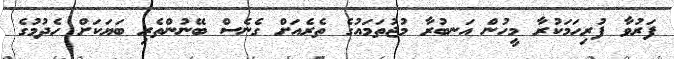
ފަރުވާ ފުރިހަމަކުރާ މީހުން އަނބުރާ މުޖުތަމައުގެ ތެރެއަށް ގެނެސް ބޭނުންތެރި ބަޔަކަށް ހެދުމުގެ